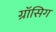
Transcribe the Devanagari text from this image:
ग्रॉसिग